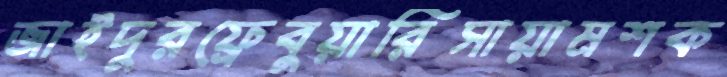
জাইদুরফ্রেবুয়ারিসায়ামশক